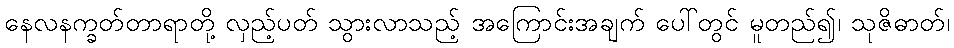
နေလနက္ခတ်တာရာတို့ လှည့်ပတ် သွားလာသည့် အကြောင်းအချက် ပေါ်တွင် မူတည်၍၊ သုဇိဓာတ်၊